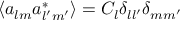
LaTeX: \langle a _ { l m } a _ { l ^ { \prime } m ^ { \prime } } ^ { * } \rangle = C _ { l } \delta _ { l l ^ { \prime } } \delta _ { m m ^ { \prime } }